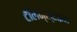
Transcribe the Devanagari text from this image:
टॉलेन्स्टाइन